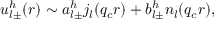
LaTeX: u _ { l \pm } ^ { h } ( r ) \sim a _ { l \pm } ^ { h } j _ { l } ( q _ { c } r ) + b _ { l \pm } ^ { h } n _ { l } ( q _ { c } r ) ,